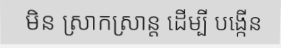
មិន ស្រាកស្រាន្ត ដើម្បី បង្កើន